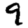
Digit: 9